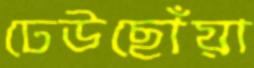
ঢেউছোঁয়া